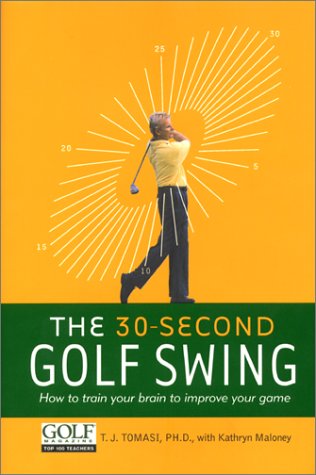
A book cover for The 30-Second Golf Swing: How to Train Your Brain to Improve Your Game (A mountain lion book); T.j. Tomasi; Sports & Outdoors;